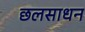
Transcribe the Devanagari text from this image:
छलसाधन